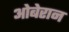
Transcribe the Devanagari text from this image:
ओबेरान